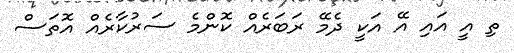
ތި އީ އައި އޭ އަކީ ދެމޭ ރަބަރެއް ކޮންމެ ސަރުކާރެއް އޮތަސް